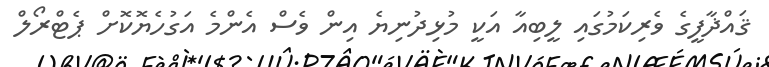
ޤައްޛާފީގެ ވެރިކަމުގައި ލީބިއާ އަކީ މުޅިދުނިޔެ އިން ވެސް އެންމެ އަގުހެޔޮކޮށް ޕެޓްރޯލް